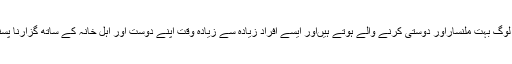
اس برج کے لوگ بہت ملنساراور دوستی کرنے والے ہوتے ہیںاور ایسے افراد زیادہ سے زیادہ وقت اپنے دوست اور اہل خانہ کے ساتھ گزارنا پسند کرتے ہیں۔